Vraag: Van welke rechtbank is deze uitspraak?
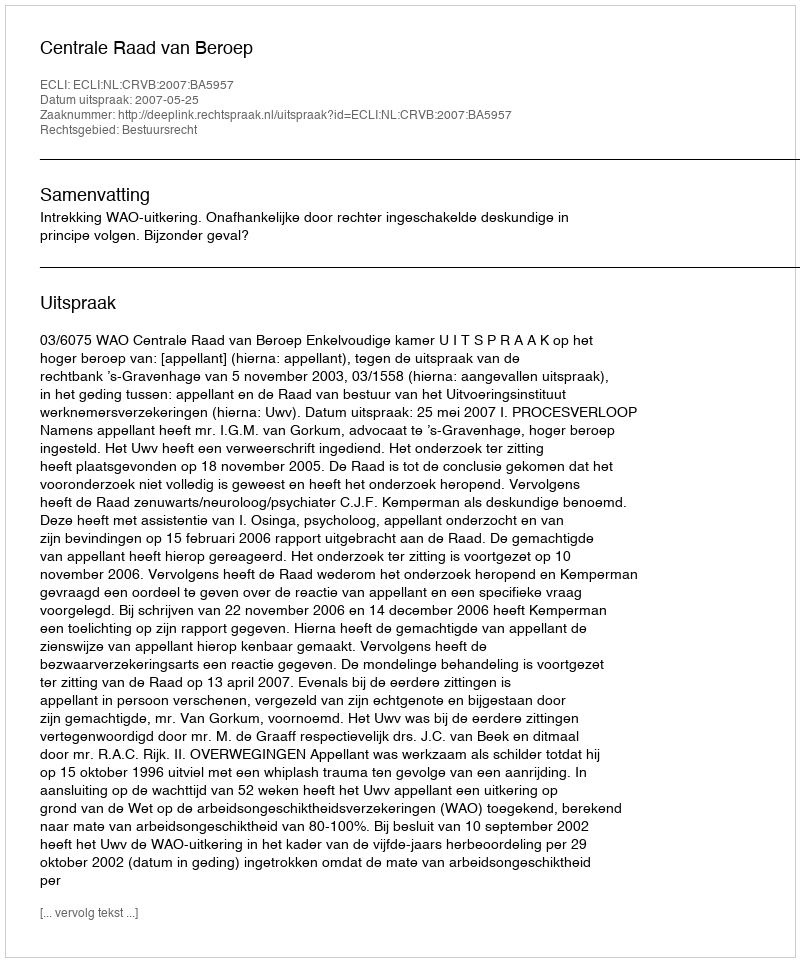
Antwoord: Centrale Raad van Beroep